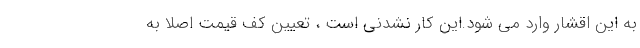
به این اقشار وارد می شود.این کار نشدنی است ، تعیین کف قیمت اصلا به